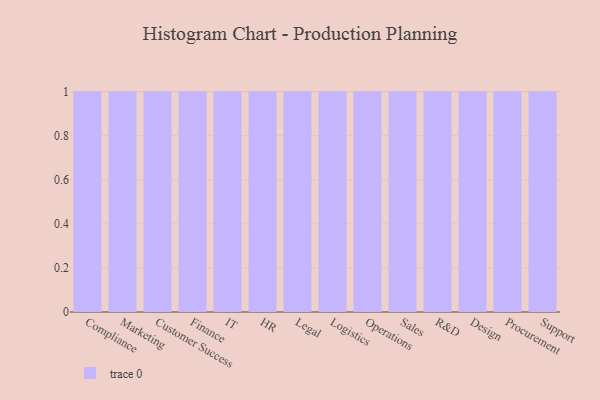
{"axis": {"x": "Department", "y": "Conversion Rate (%)"}, "legend": [""], "data": [{"x": "Compliance", "y": 4, "type": ""}, {"x": "Marketing", "y": 68, "type": ""}, {"x": "Customer Success", "y": 13, "type": ""}, {"x": "Finance", "y": 11, "type": ""}, {"x": "IT", "y": 80, "type": ""}, {"x": "HR", "y": 67, "type": ""}, {"x": "Legal", "y": 62, "type": ""}, {"x": "Logistics", "y": 40, "type": ""}, {"x": "Operations", "y": 94, "type": ""}, {"x": "Sales", "y": 94, "type": ""}, {"x": "R&D", "y": 75, "type": ""}, {"x": "Design", "y": 38, "type": ""}, {"x": "Procurement", "y": 68, "type": ""}, {"x": "Support", "y": 69, "type": ""}]}